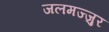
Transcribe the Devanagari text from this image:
जलमज्जुर